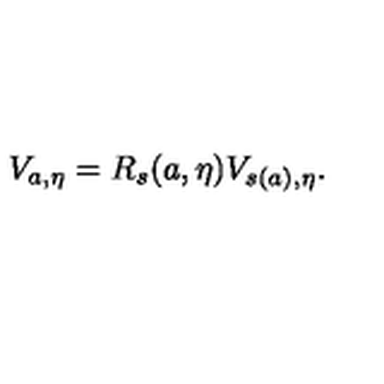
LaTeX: V _ { a , \eta } = R _ { s } ( a , \eta ) V _ { s ( a ) , \eta } .